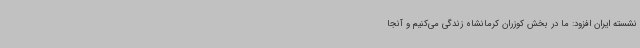
نشسته ایران افزود: ما در بخش کوزران کرمانشاه زندگی می‌کنیم و آنجا